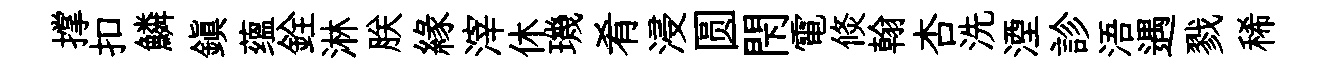
撑扣鱗鎭蕴銓淋朕縁滓休璣肴浸圆閇電倐翰杏洗湮診浯遇戮稀